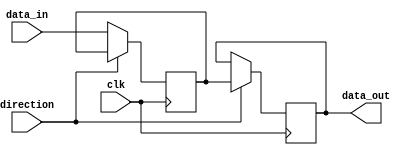
module bidirectional_buffer (
    input wire clk,
    input wire direction,
    input wire [7:0] data_in,
    output reg [7:0] data_out
);

reg [7:0] buffer;

always @(posedge clk) begin
    if (direction == 1'b0) begin // Input mode
        buffer <= data_in;
    end else begin // Output mode
        data_out <= buffer;
    end
end

endmodule